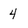
Character: 4